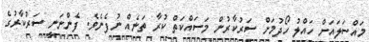
މައްސަލައަށް ހައްލު ހޯދުމަށް ސަރުކާރުން މަސައްކަތް ކުރާ ތަނެއް ނުފެނެވެ. ފެންނަނީ ސަރުކާރުގެ